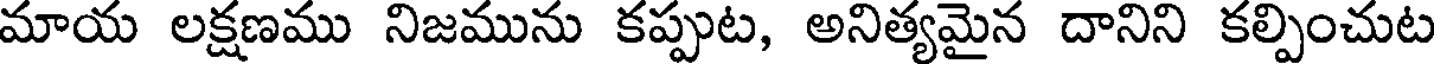
మాయ లక్షణము నిజమును కప్పుట, అనిత్యమైన దానిని కల్పించుట